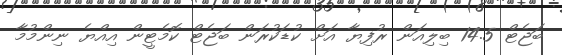
ބަޖެޓް 14.5 ބިލިއަން ރުފިޔާ އަށް ކުޑަކުރަން ބަޖެޓް ކޮމެޓީން އިއްޔެ ނިންމުމާ